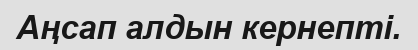
Аңсап алдын кернепті.